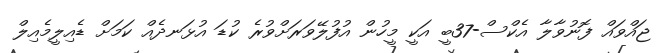
ޖައްވައް ފޮނުވާލާ އެކްސް-37ބީ އަކީ މީހުން އުފުލޭވަރަށްވުރެ ކުޑަ އުޅަނދެއް ކަމަށް ޑެއިލީމެއިލް